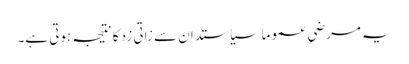
یہ مرضی عموماً سیاستدان سے زاتی زد کا نتیجہ ہوتی ہے۔